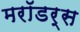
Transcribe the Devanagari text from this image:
मरॉडर्स